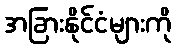
အခြားနိုင်ငံများကို